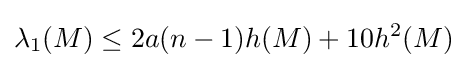
\lambda _{1}(M)\leq 2a(n-1)h(M)+10h^{2}(M)